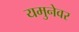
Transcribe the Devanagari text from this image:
यमुनेवर